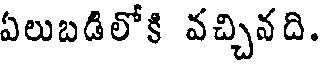
ఏలుబడిలోకి వచ్చినది.